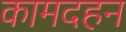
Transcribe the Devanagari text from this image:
कामदहन